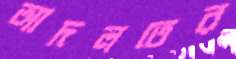
আদলতের